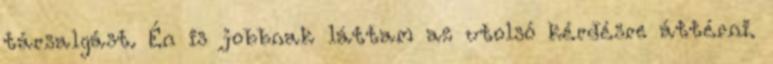
társalgást. Én is jobbnak láttam az utolsó kérdésre áttérni.